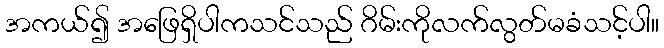
အကယ်၍ အဖြေရှိပါကသင်သည် ဂိမ်းကိုလက်လွတ်မခံသင့်ပါ။